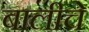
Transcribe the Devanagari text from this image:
बालीचे